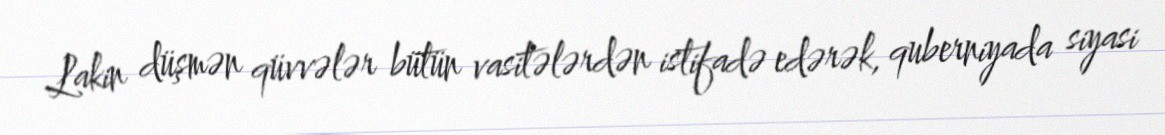
Lakin düşmən qüvvələr bütün vasitələrdən istifadə edərək, quberniyada siyasi